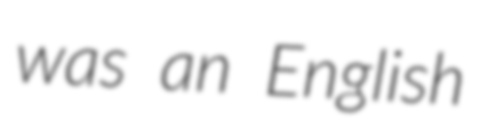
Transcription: was an English